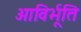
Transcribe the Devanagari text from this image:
आविर्भूति